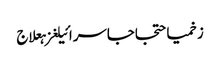
زخمیاحتجاجاسرائیلغزہعلاج